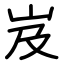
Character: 岌